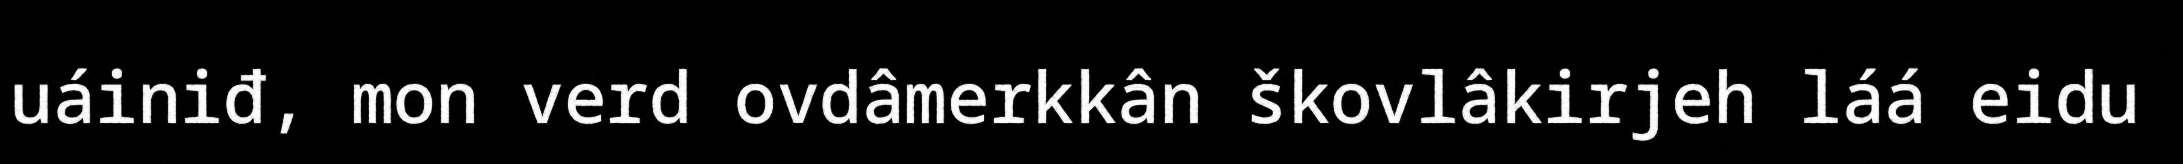
uáiniđ, mon verd ovdâmerkkân škovlâkirjeh láá eidu